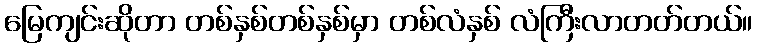
မြေကျင်းဆိုတာ တစ်နှစ်တစ်နှစ်မှာ တစ်လံနှစ် လံကြီးလာတတ်တယ်။